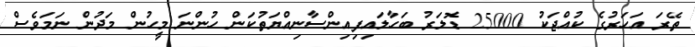
ތޭރަ އަހަރުގެ ކުއްޖަކު 25000 ޑޮލަރު ބަހާލައިފިއިންސާނިއްޔަތުކަން ހުންނަ މީހުން މަދުން ނަމަވެސް